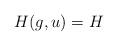
LaTeX: \begin{align*} H (g, u) = H\end{align*}